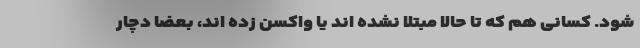
شود. کسانی هم که تا حالا مبتلا نشده اند یا واکسن زده اند، بعضاً دچار